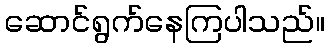
ဆောင်ရွက်နေကြပါသည်။